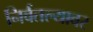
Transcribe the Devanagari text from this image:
निर्वतल्यावर